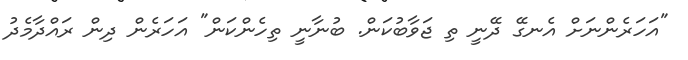
"އަހަރެންނަށް އެނގޭ ދޭނީ ތި ޖަވާބުކަން. ބުނާނީ ތިހެންކަން" އަހަރެން ދިން ރައްދާމެދު